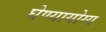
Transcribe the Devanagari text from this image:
घेण्यायोग्य